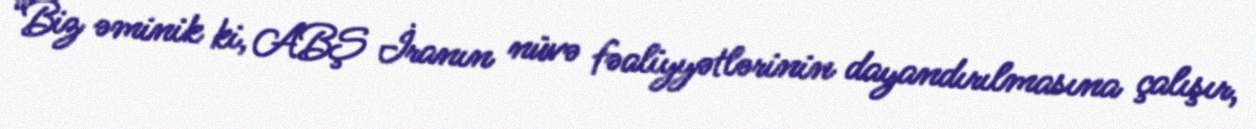
“Biz əminik ki, ABŞ İranın nüvə fəaliyyətlərinin dayandırılmasına çalışır,